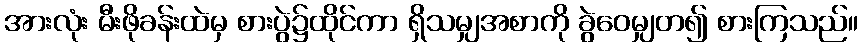
အားလုံး မီးဖိုခန်းထဲမှ စားပွဲ၌ထိုင်ကာ ရှိသမျှအစာကို ခွဲဝေမျှတ၍ စားကြသည်။